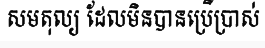
សមតុល្យ ដែលមិនបានប្រើប្រាស់